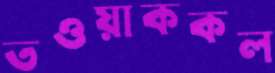
তওয়াককল